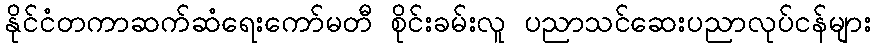
နိုင်ငံတကာဆက်ဆံရေးကော်မတီ စိုင်းခမ်းလူ ပညာသင်ဆေးပညာလုပ်ငန်များ